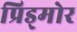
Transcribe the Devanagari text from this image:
प्रिड्मोर